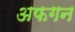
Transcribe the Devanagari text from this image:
अफगन